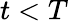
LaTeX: t<T